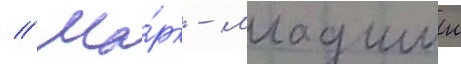
// Ма́рк - младшии